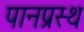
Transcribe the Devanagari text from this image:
पानप्रस्थ